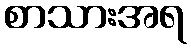
စာသားအရ